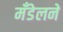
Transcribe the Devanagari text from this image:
मँडेलने